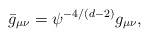
\begin{align*}\bar g_{\mu\nu}= \psi^{-4/(d-2)} g_{\mu\nu},\end{align*}